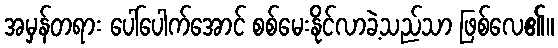
အမှန်တရား ပေါ်ပေါက်အောင် စစ်မေးနိုင်လာခဲ့သည်သာ ဖြစ်လေ၏။